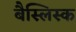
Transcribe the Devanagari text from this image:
बैस्लिस्क